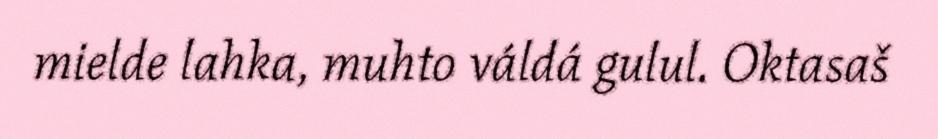
mielde lahka, muhto váldá gulul. Oktasaš